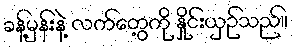
ခန့်မှန်းနဲ့ လက်တွေ့ကို နှိုင်းယှဉ်သည်။